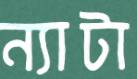
ন্যাটা